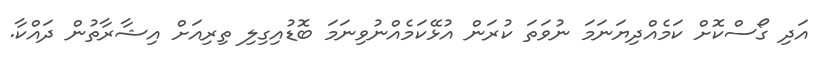
އަދި ގޯސްކޮށް ކަމެއްދިޔަނަމަ ނުވަތަ ކުރަން އުޅޭކަމެއްނުވިނަމަ ބޮޑުއިގިލި ތިރިއަށް އިޝާރާތުން ދައްކާ.